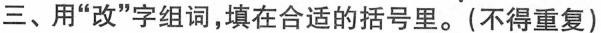
三、用”改”字组词，填在合适的括号里。(不得重复)